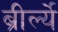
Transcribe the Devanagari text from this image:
ब्रीर्ल्ये